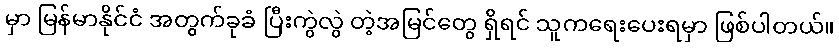
မှာ မြန်မာနိုင်ငံ အတွက်ခုခံ ပြီးကွဲလွဲ တဲ့အမြင်တွေ ရှိရင် သူကရေးပေးရမှာ ဖြစ်ပါတယ်။